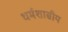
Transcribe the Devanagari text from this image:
धर्मशास्रीय